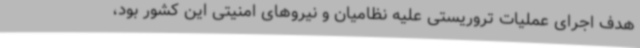
هدف اجرای عملیات تروریستی علیه نظامیان و نیروهای امنیتی این کشور بود،